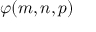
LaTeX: \varphi ( m , n , p )